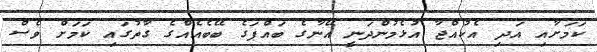
ކަމަށާއި އަދި އެކުއްޖާ އުޅެމުންދަނީ އޭނާގެ ބައްޕަގެ ބޭބެއެއްގެ ގާތުގައި ކަމަށް ވެސް